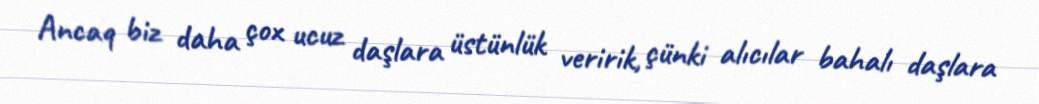
Ancaq biz daha çox ucuz daşlara üstünlük veririk, çünki alıcılar bahalı daşlara